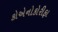
કોએનોકોરીફા